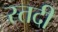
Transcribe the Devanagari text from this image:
स्तदी